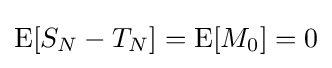
\operatorname {E} [S_{N}-T_{N}]=\operatorname {E} [M_{0}]=0